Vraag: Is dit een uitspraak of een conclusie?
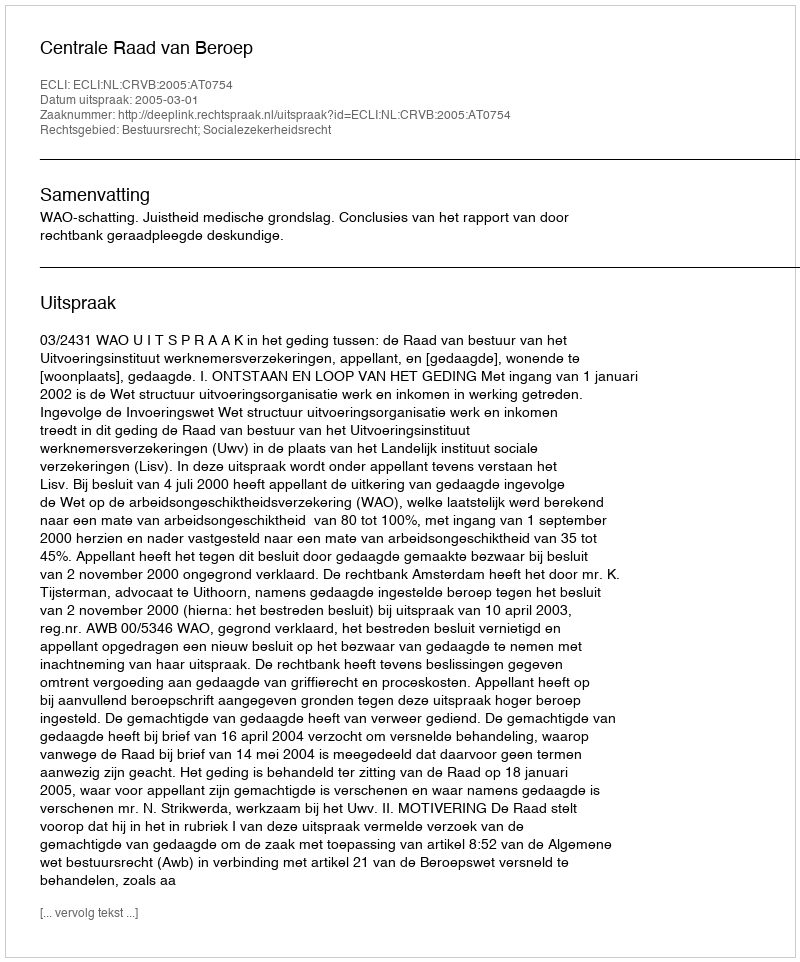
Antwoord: Uitspraak